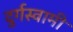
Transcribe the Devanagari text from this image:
दुर्गस्वामी